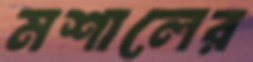
মশালের